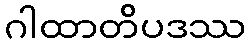
ဂါထာတိပဒဿ